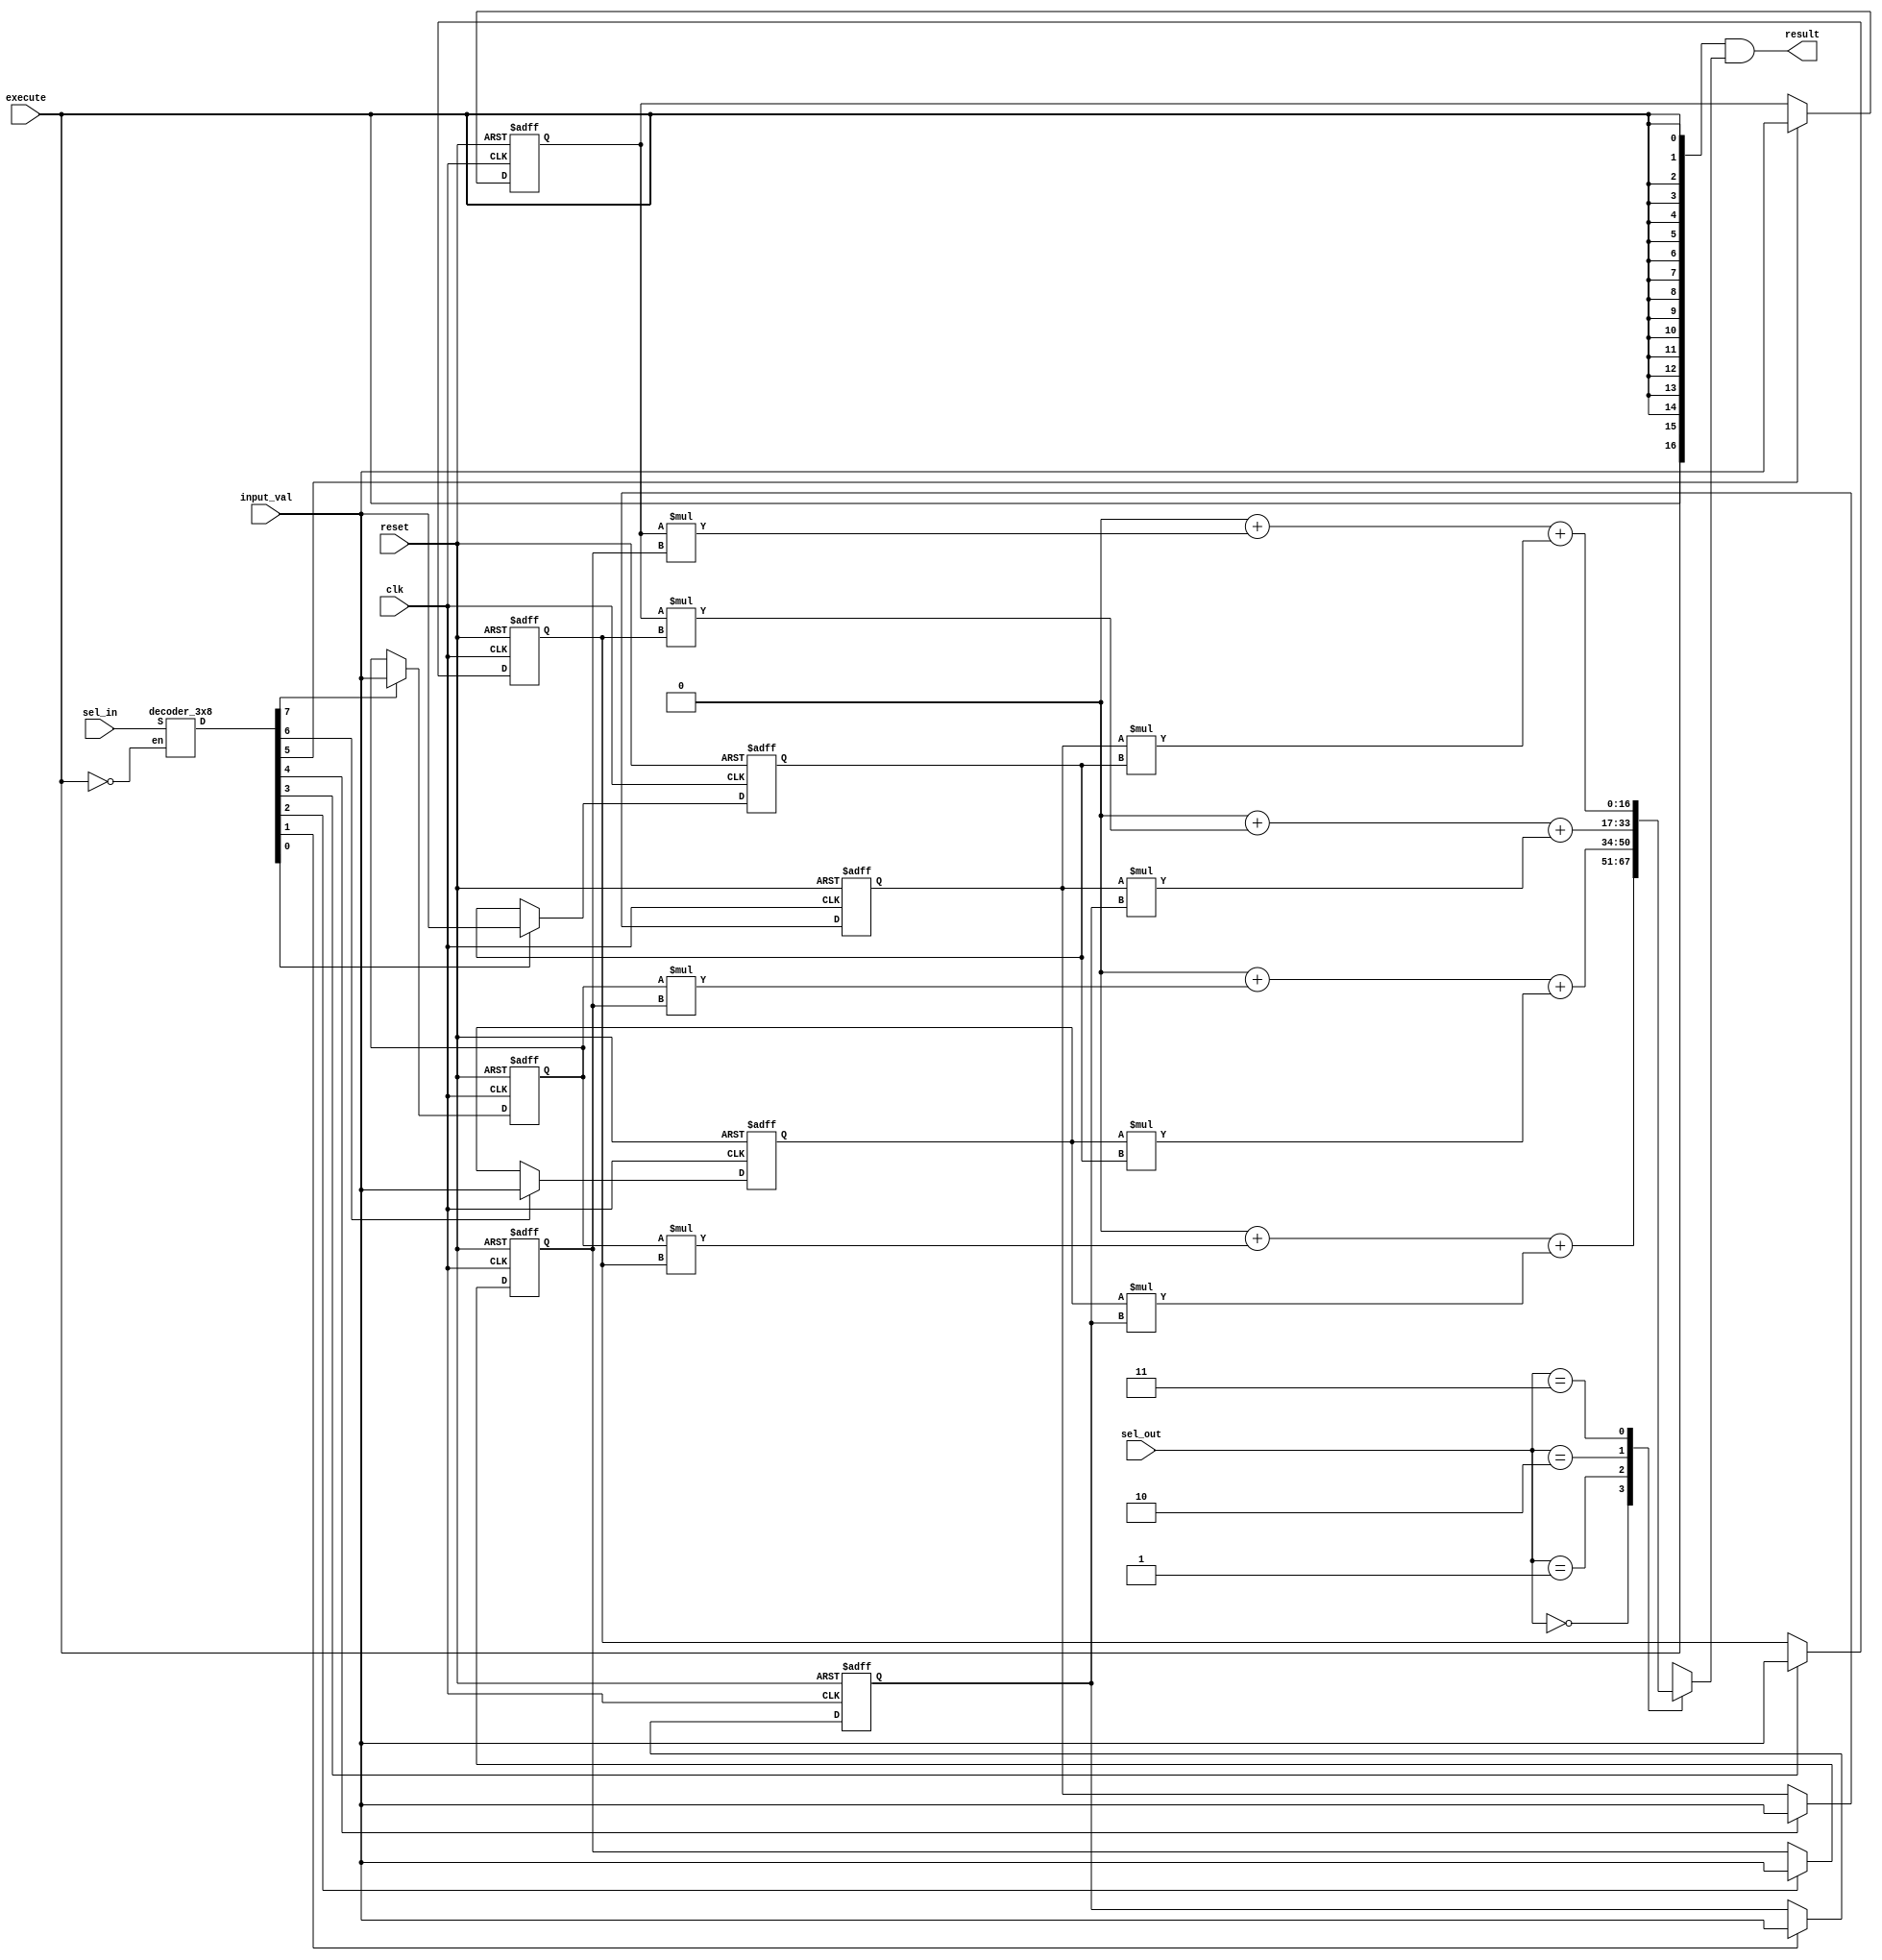

module matrix_multiply(
`ifdef USE_POWER_PINS
    inout vccd1,	// User area 1 1.8V supply
    inout vssd1,	// User area 1 digital ground
`endif
    input reset,execute, clk,
    input [2:0]sel_in,
    input [7:0]input_val,
    input [1:0]sel_out,
    output [16:0]result
    );
    reg [7:0]A[0:1][0:1];
    reg [7:0]B[0:1][0:1];
    reg [16:0]C[0:1][0:1];
    
    integer i,j,k; 
    wire [0:7]D;
    decoder_3x8 select_in (D, sel_in, !execute);
    
    always @(posedge clk, negedge reset)    
    begin
        if(!reset) begin
            {A[0][0],A[0][1],A[1][0],A[1][1]} <= 32'd0;
            {B[0][0],B[0][1],B[1][0],B[1][1]} <= 32'd0;
        end
        else begin
            A[0][0] <= D[0] ? input_val : A[0][0];
            A[0][1] <= D[1] ? input_val : A[0][1];
            A[1][0] <= D[2] ? input_val : A[1][0];
            A[1][1] <= D[3] ? input_val : A[1][1];
            B[0][0] <= D[4] ? input_val : B[0][0];
            B[0][1] <= D[5] ? input_val : B[0][1];
            B[1][0] <= D[6] ? input_val : B[1][0];
            B[1][1] <= D[7] ? input_val : B[1][1];
        end

    end
    always @(*)
        begin
            {C[0][0],C[0][1],C[1][0],C[1][1]} = 68'd0;
            
            for(i=0;i <2;i=i+1)
              for(j=0;j <2;j=j+1)
                for(k=0;k <2;k=k+1)
                C[i][j] = C[i][j] + (A[i][k] * B[k][j]);
               
        end
        
    reg [16:0] result1; 
    always @(*)
    begin case(sel_out)
       2'b00:   result1 <=C[0][0];
       2'b01:   result1 <=C[0][1];
       2'b10:   result1 <=C[1][0];
       2'b11:   result1 <=C[1][1];
       endcase
    end     
    assign result = {17{execute}}&result1;

endmodule

module decoder_3x8(
    output [0:7] D,
    input [2:0] S,
    input en
    );
    
    assign D[0] = !S[2] && !S[1] && !S[0] && en;
    assign D[1] = !S[2] && !S[1] && S[0] && en;
    assign D[2] = !S[2] && S[1] && !S[0] && en;
    assign D[3] = !S[2] && S[1] && S[0] && en;
    assign D[4] = S[2] && !S[1] && !S[0] && en;
    assign D[5] = S[2] && !S[1] && S[0] && en;
    assign D[6] = S[2] && S[1] && !S[0] && en;
    assign D[7] = S[2] && S[1] && S[0] && en;
    
endmodule